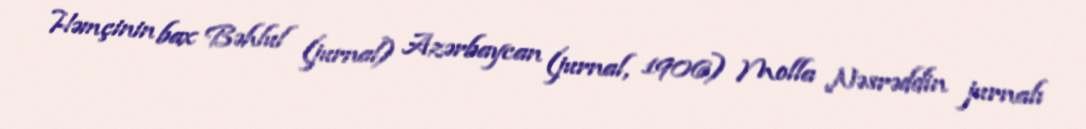
Həmçinin bax Bəhlul (jurnal) Azərbaycan (jurnal, 1906) Molla Nəsrəddin jurnalı